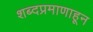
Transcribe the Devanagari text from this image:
शब्दप्रमाणाहून